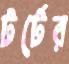
টর্টের